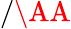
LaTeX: /\mathrm{\AA}